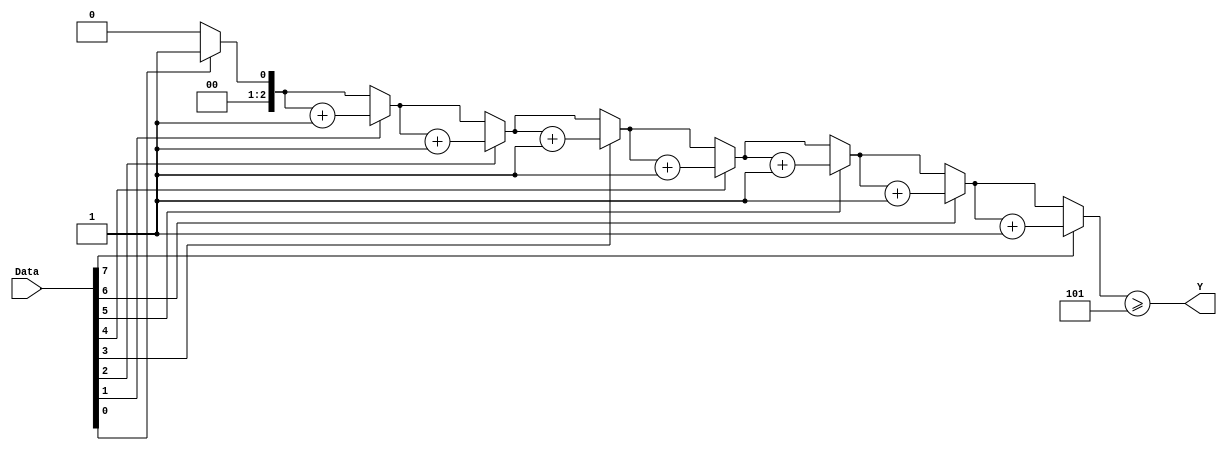
module Majority (Y, Data);
  parameter	size = 8;
  parameter	max = 3;		
  parameter	majority = 5;
  input 		[size-1: 0]	Data;
  output				Y;
  reg 				Y;
  reg 		[max-1: 0]	count;
  integer 			k;

  always @ (Data) begin
    count = 0;
    for (k = 0; k < size; k = k + 1) begin
      if (Data[k] == 1) count = count + 1;
    end
    Y = (count >= majority);
  end
endmodule